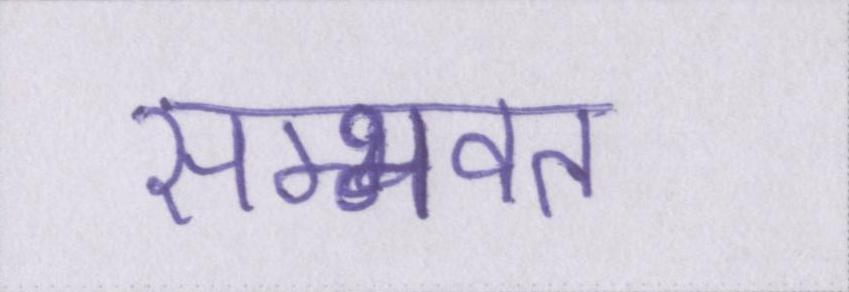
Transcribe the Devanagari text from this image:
सम्भवत